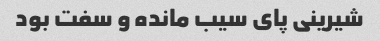
شیرینی پای سیب مانده و سفت بود